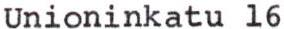
Unioninkatu l6